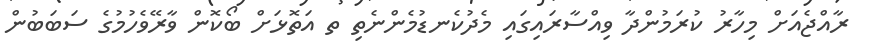
ރާއްޖެއަށް މިހާރު ކުރަމުންދާ ވިއްސާރައިގައި މެދުކެނޑުމެންނެތި ތ އަތޮޅަށް ބޯކޮން ވާރޭވެހުމުގެ ސަބަބުން